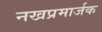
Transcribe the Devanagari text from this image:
नखप्रमार्जक